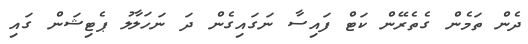
ދެން ތަމެން ގެތެރޭން ކަޓް ފައިސާ ނަގައިގެން ދަ ނަހަލާލު ޕެޓިޝަން ގައި